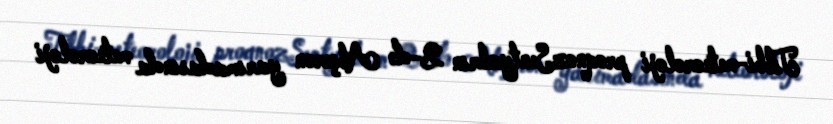
Tibbi-meteoroloji proqnozSentyabrın 2-də Abşeron yarımadasında meteoroloji